65_HS1-834228961_62-HQ-83894_Section_3
Agency: FBI
Page 59
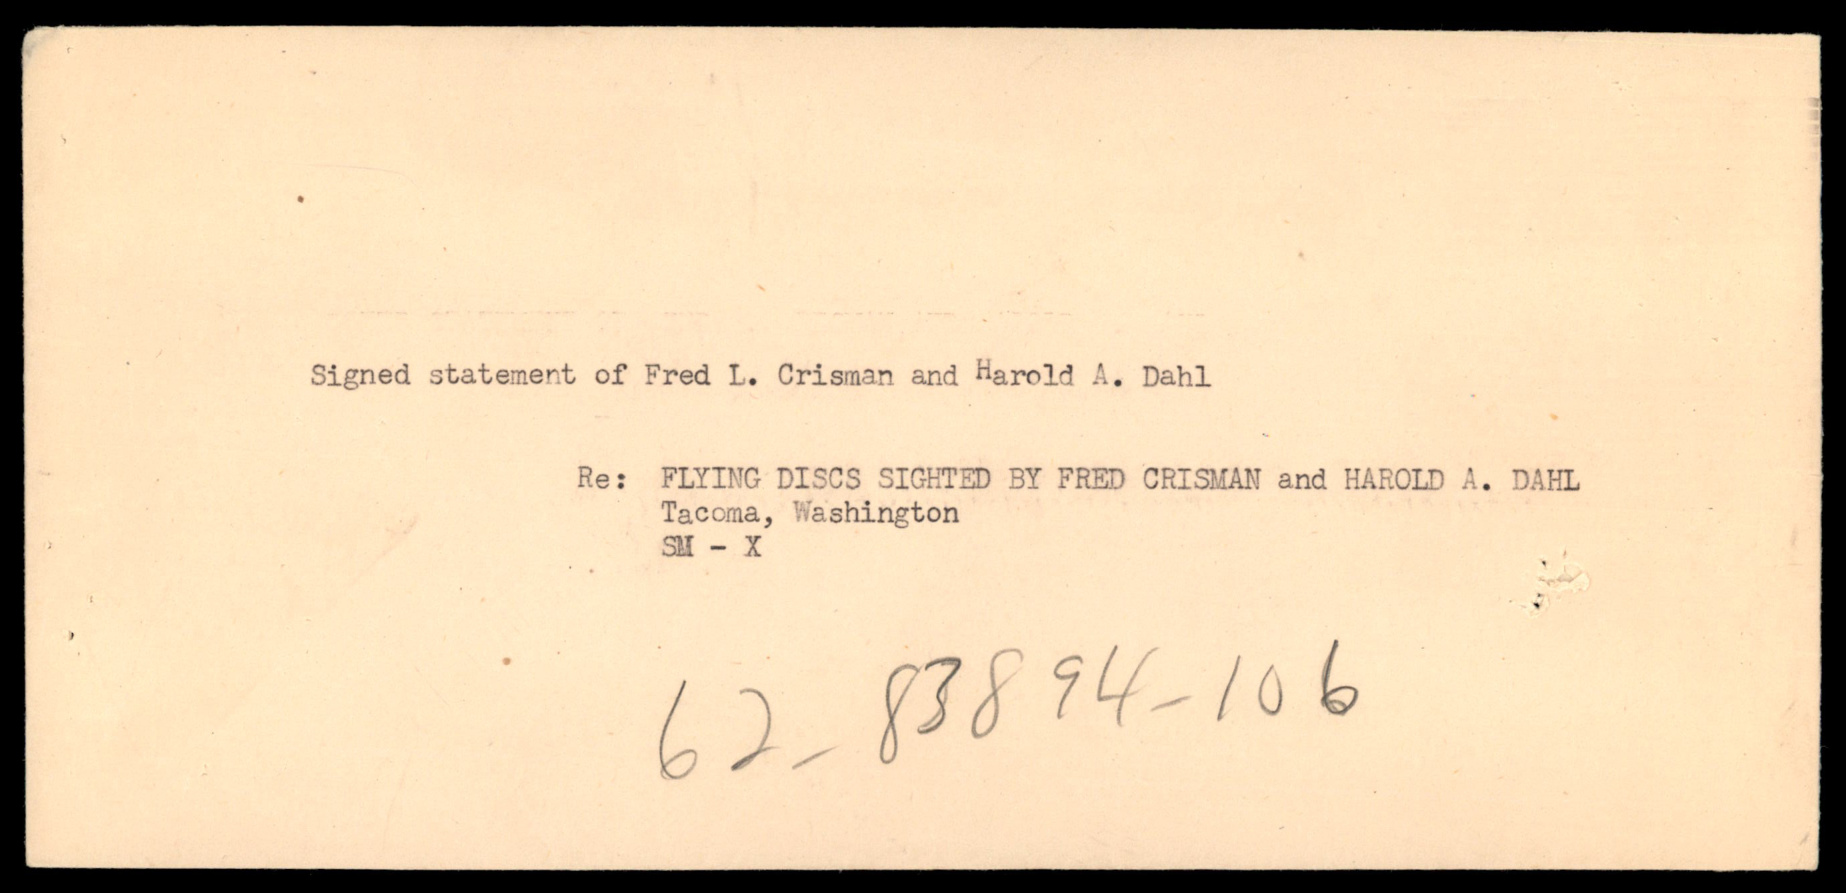